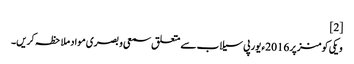
[2]
ویکی کومنز پر 2016ء یورپی سیلاب سے متعلق سمعی و بصری مواد ملاحظہ کریں۔